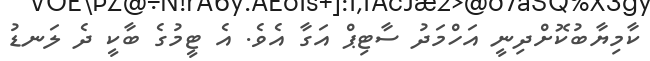
ކާމިޔާބުކޮށްްދިނީ އަހްމަދު ސާޓިޕް އަގާ އެވެ. އެ ޓީމުގެ ބާކީ ދެ ލަނޑު